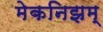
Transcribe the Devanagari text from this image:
मेकनिझम्